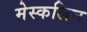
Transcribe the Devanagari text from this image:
मेस्कलिन